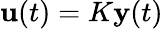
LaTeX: \mathbf{u}(t)=K\mathbf{y}(t)